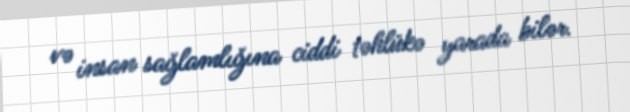
və insan sağlamlığına ciddi təhlükə yarada bilər.